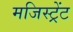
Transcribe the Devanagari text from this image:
मजिस्ट्रेंट